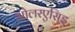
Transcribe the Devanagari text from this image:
ओलरएसिइ